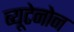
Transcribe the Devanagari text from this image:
ब्यूटेनोन